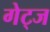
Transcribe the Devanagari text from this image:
गेट्ज